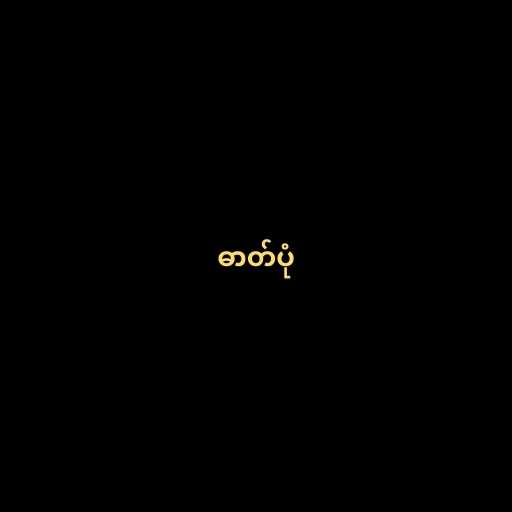
ဓာတ်ပုံ